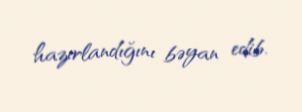
hazırlandığını bəyan edib.